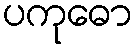
ပကုဓော